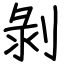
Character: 剝